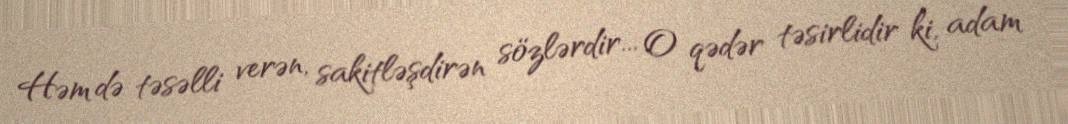
Həm də təsəlli verən, sakitləşdirən sözlərdir... O qədər təsirlidir ki, adam